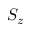
S _ { z }